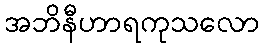
အဘိနီဟာရကုသလော